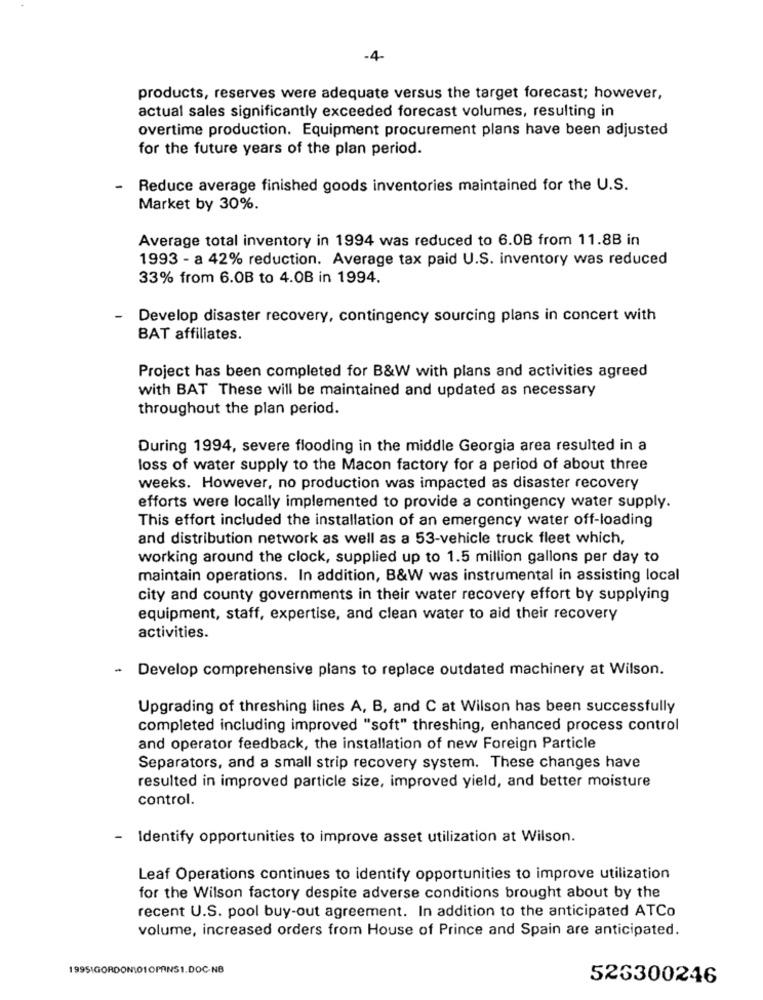
-4.
products, reserves were adequate versus the target forecast; however,
actual sales significantly exceeded forecast volumes, resulting in
overtime production. Equipment procurement plans have been adjusted
for the future years of the plan period.
-
Reduce average finished goods inventories maintained for the U.S.
Market by 30%.
Average total inventory in 1994 was reduced to 6.0B from 11.8B in
1993 - a 42% reduction. Average tax paid U.S. inventory was reduced
33% from 6.0B to 4.0B in 1994.
Develop disaster recovery, contingency sourcing plans in concert with
BAT affiliates.
Project has been completed for B&W with plans and activities agreed
with BAT These will be maintained and updated as necessary
throughout the plan period.
During 1994, severe flooding in the middle Georgia area resulted in a
loss of water supply to the Macon factory for a period of about three
weeks. However, no production was impacted as disaster recovery
efforts were locally implemented to provide a contingency water supply.
This effort included the installation of an emergency water off-loading
and distribution network as well as a 53-vehicle truck fleet which,
working around the clock, supplied up to 1.5 million gallons per day to
maintain operations. In addition, B&W was instrumental in assisting local
city and county governments in their water recovery effort by supplying
equipment, staff, expertise, and clean water to aid their recovery
activities.
-
Develop comprehensive plans to replace outdated machinery at Wilson.
Upgrading of threshing lines A, B, and C at Wilson has been successfully
completed including improved "soft" threshing, enhanced process control
and operator feedback, the installation of new Foreign Particle
Separators, and a small strip recovery system. These changes have
resulted in improved particle size, improved yield, and better moisture
control.
- Identify opportunities to improve asset utilization at Wilson.
Leaf Operations continues to identify opportunities to improve utilization
for the Wilson factory despite adverse conditions brought about by the
recent U.S. pool buy-out agreement. In addition to the anticipated ATCo
volume, increased orders from House of Prince and Spain are anticipated.
19951GORDON\01OPANS1.DOC-NB
526300246